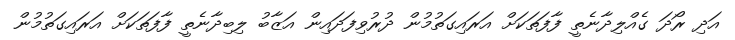
އަދި ރޯދަ ގެއްލިދާނެތީ ފާފަތަކަށް އަރައިގަތުމުން ދުރުވިފަދައިން އަޒާބު ލިބިދާނެތީ ފާފަތަކަށް އަރައިގަތުމުން